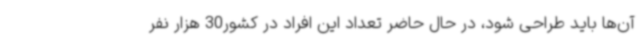
آن‌ها باید طراحی شود، در حال حاضر تعداد این افراد در کشور30 هزار نفر